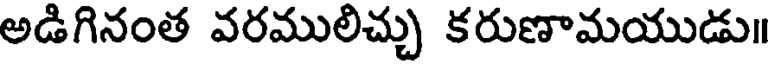
అడిగినంత వరములిచ్చు కరుణామయుడు